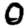
Digit: 0